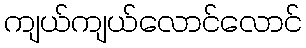
ကျယ်ကျယ်လောင်လောင်